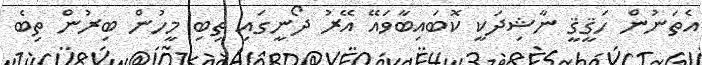
އެތަނުން ހަޤީޤީ ނާޝިދަކީ ކޮބައިބާވައޭ އޭރު ދޯނީގައި ތިބި މީހުން ބިރުން ތިބެ